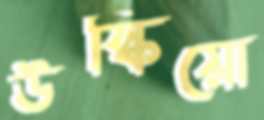
উস্‌কিয়ো